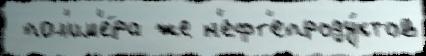
 пол'им'е́ра же н'ефт'епроду́ктов